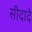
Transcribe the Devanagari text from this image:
सीदादे